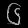
Digit: ၆